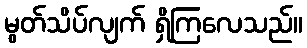
မွတ်သိပ်လျက် ရှိကြလေသည်။